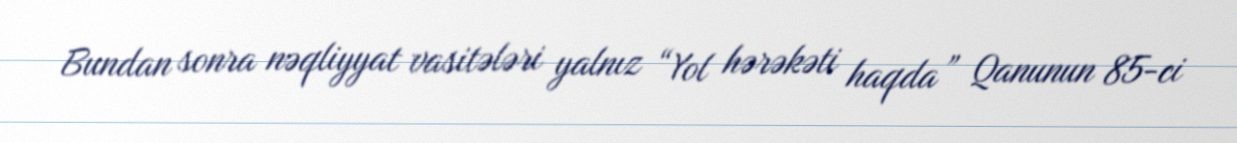
Bundan sonra nəqliyyat vasitələri yalnız “Yol hərəkəti haqda” Qanunun 85-ci